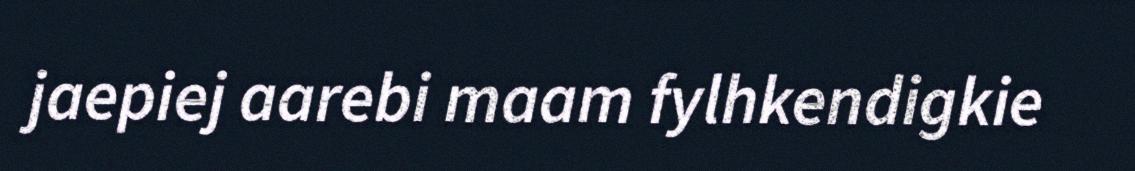
jaepiej aarebi maam fylhkendigkie